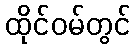
ထိုင်ဝမ်တွင်